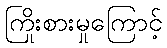
ကြိုးစားမှုကြောင့်